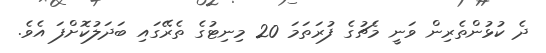
ދެ ކުޅުންތެރިން ވަނީ މެޗުގެ ފުރަތަމަ 20 މިނިޓުގެ ތެރޭގައި ބަދަލުކޮށްފަ އެވެ.